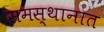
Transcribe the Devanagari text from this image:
समस्थानात